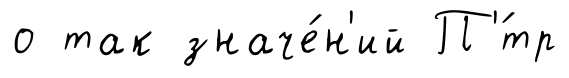
о так значе́н'ий П'́тр